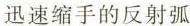
迅速缩手的反射弧